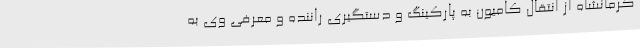
کرمانشاه از انتقال کامیون به پارکینگ و دستگیری راننده و معرفی وی به